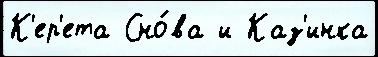
К'ер'ета Сно́ва и Каз'инка